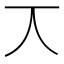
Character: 𠆣